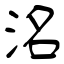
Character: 洺